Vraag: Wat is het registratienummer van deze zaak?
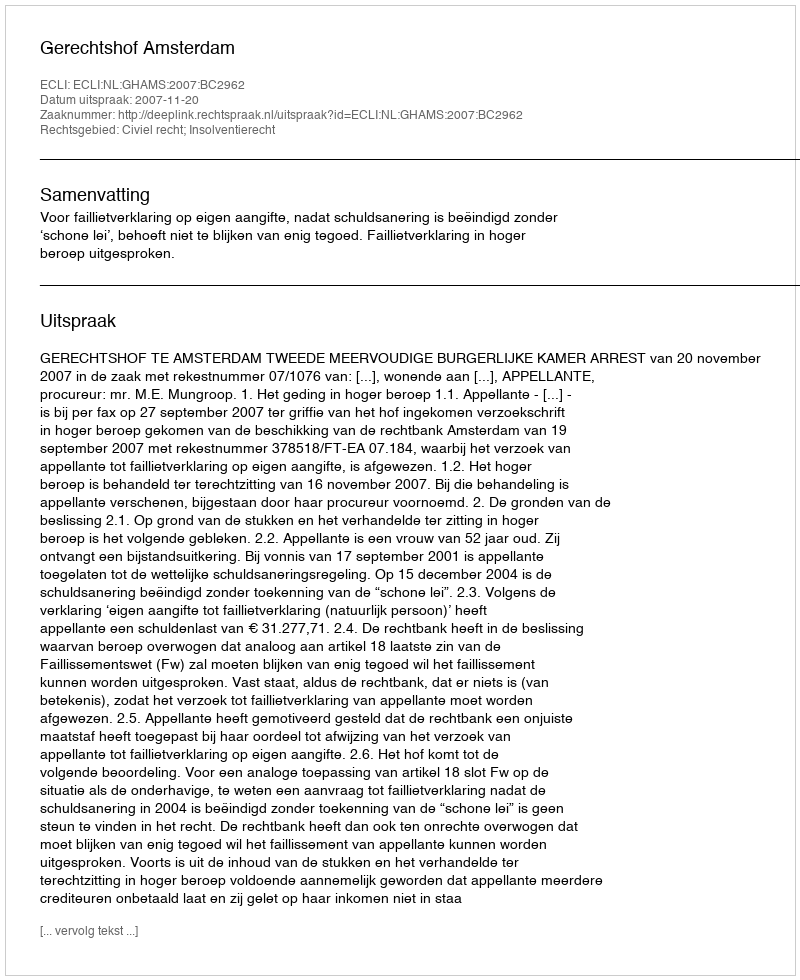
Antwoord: http://deeplink.rechtspraak.nl/uitspraak?id=ECLI:NL:GHAMS:2007:BC2962